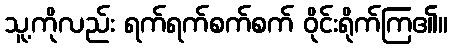
သူ့ကိုလည်း ရက်ရက်စက်စက် ဝိုင်းရိုက်ကြ၏။